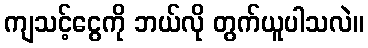
ကျသင့်ငွေကို ဘယ်လို တွက်ယူပါသလဲ။